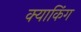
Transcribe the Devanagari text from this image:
क्याकिंग